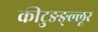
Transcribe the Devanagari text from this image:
कीटुङङ्ल्लूर